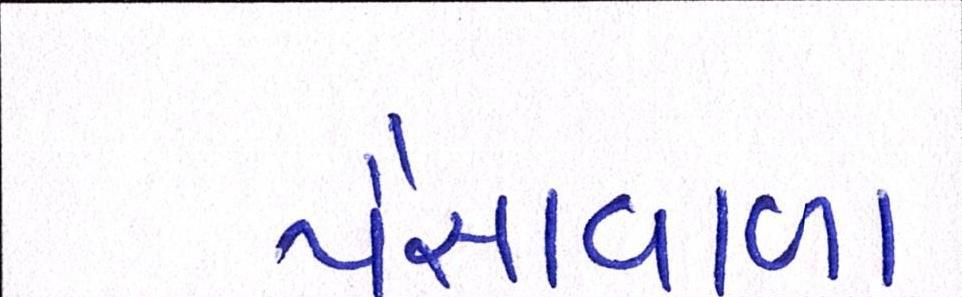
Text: પૈસાવાળા